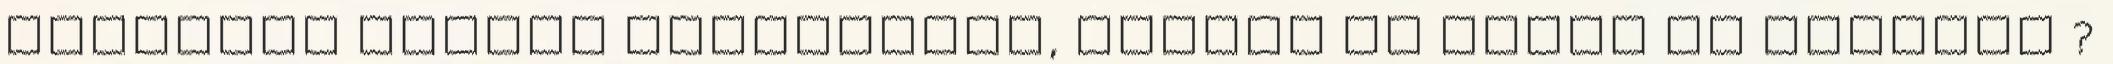
ugyanúgy beszél ugyanarról, amiről és ahogy te szoktál ?